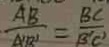
\frac { A B } { A ^ { \prime } B ^ { \prime } } = \frac { B C } { B ^ { \prime } C ^ { \prime } }